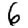
Digit: 6